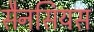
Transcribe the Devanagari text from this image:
सैनसियस